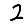
Digit: 2